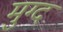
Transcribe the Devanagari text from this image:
मुग्द